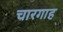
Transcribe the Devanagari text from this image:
चारगाह